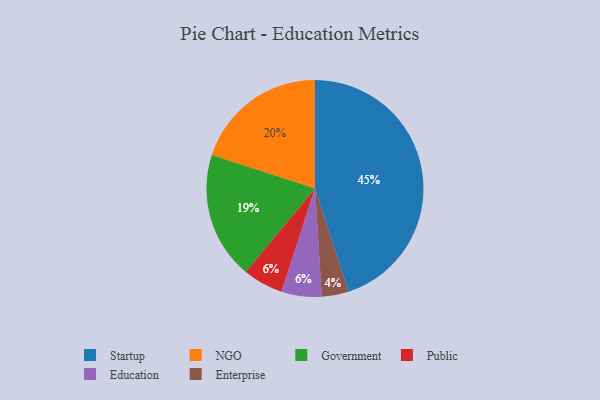
{"axis": {"x": "Category", "y": "Percentage"}, "legend": ["Education", "Enterprise", "Government", "NGO", "Public", "Startup"], "data": [{"x": "Public", "y": 6, "type": "Public"}, {"x": "NGO", "y": 20, "type": "NGO"}, {"x": "Education", "y": 6, "type": "Education"}, {"x": "Government", "y": 19, "type": "Government"}, {"x": "Startup", "y": 45, "type": "Startup"}, {"x": "Enterprise", "y": 4, "type": "Enterprise"}]}